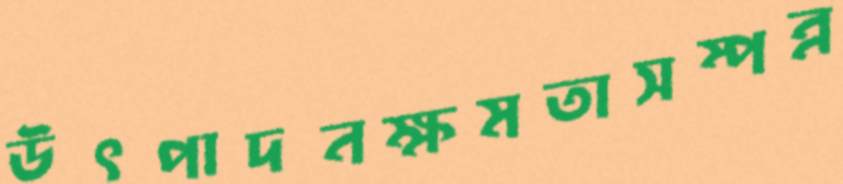
উৎপাদনক্ষমতাসম্পন্ন